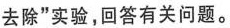
去除”实验，回答有关问题。